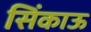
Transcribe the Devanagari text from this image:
सिंकाऊ